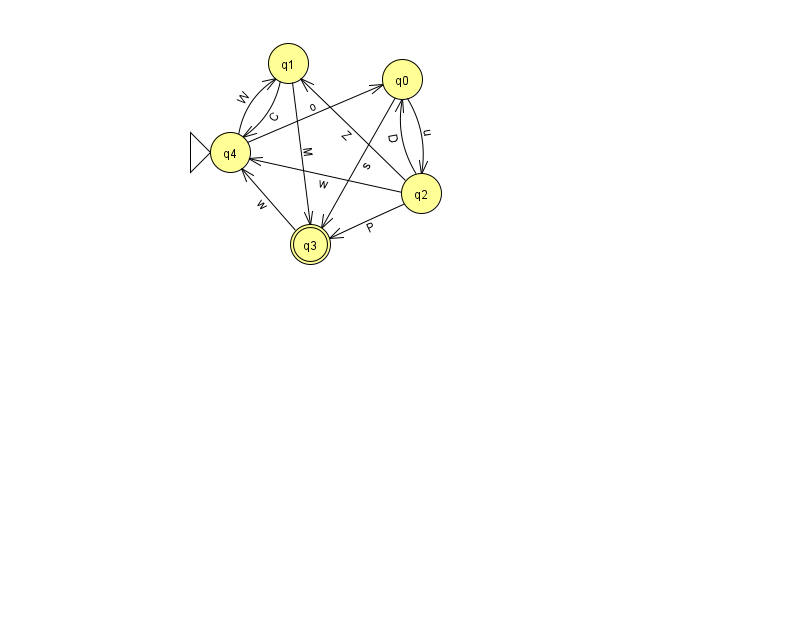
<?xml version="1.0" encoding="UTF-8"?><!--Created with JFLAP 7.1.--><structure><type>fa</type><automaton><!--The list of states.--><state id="0" name="q0"><x>402.0</x><y>66.0</y></state><state id="1" name="q1"><x>288.0</x><y>50.0</y></state><state id="2" name="q2"><x>421.0</x><y>180.0</y></state><state id="3" name="q3"><x>310.0</x><y>231.0</y><final/></state><state id="4" name="q4"><x>230.0</x><y>139.0</y><initial/></state><!--The list of transitions.--><transition><from>1</from><to>3</to><read>M</read></transition><transition><from>3</from><to>4</to><read>w</read></transition><transition><from>0</from><to>3</to><read>s</read></transition><transition><from>2</from><to>3</to><read>P</read></transition><transition><from>2</from><to>4</to><read>w</read></transition><transition><from>2</from><to>1</to><read>Z</read></transition><transition><from>0</from><to>2</to><read>u</read></transition><transition><from>2</from><to>0</to><read>D</read></transition><transition><from>4</from><to>0</to><read>o</read></transition><transition><from>1</from><to>4</to><read>C</read></transition><transition><from>4</from><to>1</to><read>W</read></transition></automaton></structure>